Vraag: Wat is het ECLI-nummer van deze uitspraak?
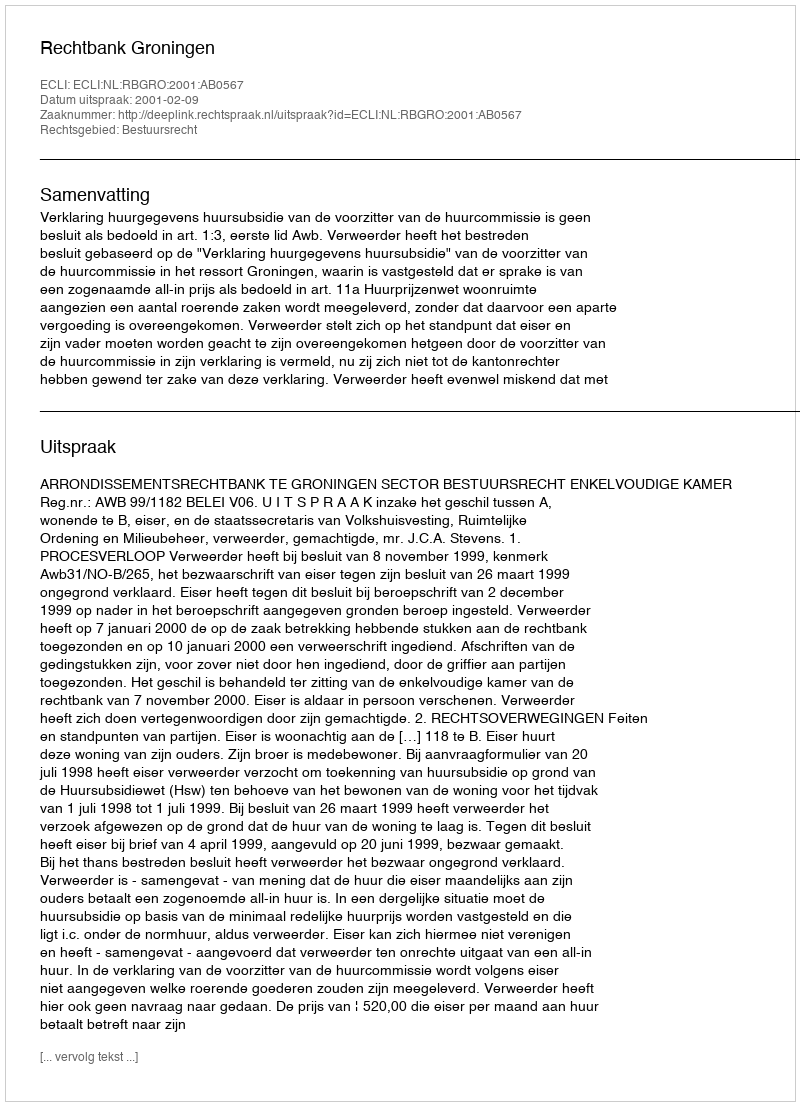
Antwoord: ECLI:NL:RBGRO:2001:AB0567